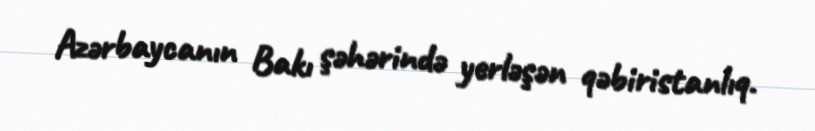
Azərbaycanın Bakı şəhərində yerləşən qəbiristanlıq.